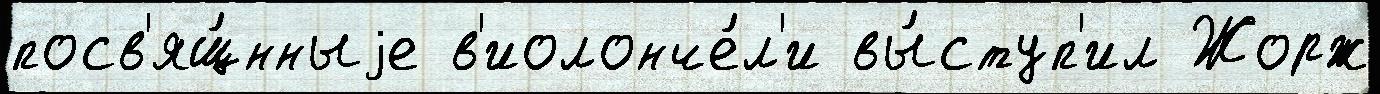
посв'ящ́нныjе в'иолонче́л'и вы́ступ'ил Жорж